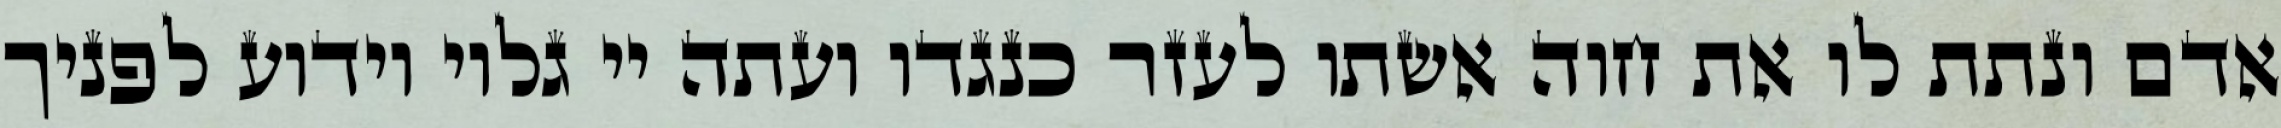
אדם ונתת לו את חוה אשתו לעזר כנגדו ועתה יי גלוי וידוע לפניך